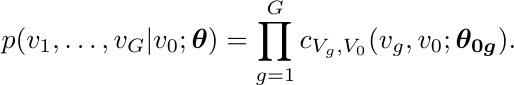
\begin{equation*}
\begin{aligned}
p(v_1, \ldots, v_G | v_0; \boldsymbol{\theta}) = \prod_{g = 1}^G c_{V_{g} , V_0}(v_{g} , v_0 ; \boldsymbol{\theta_{0g}}). \\
\end{aligned}
\end{equation*}